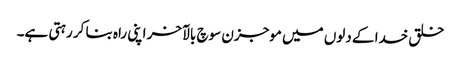
خلق خدا کے دلوں میں موجزن سوچ بالآخر اپنی راہ بنا کر رہتی ہے۔